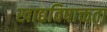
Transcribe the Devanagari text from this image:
खाद्यविषाक्तता